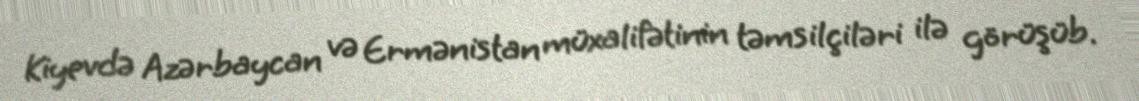
Kiyevdə Azərbaycan və Ermənistan müxalifətinin təmsilçiləri ilə görüşüb.